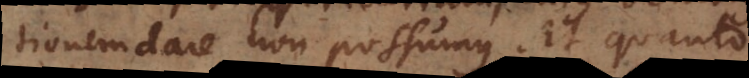
tionem dare non possumus. Et quanto